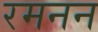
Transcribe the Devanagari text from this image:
रमनन